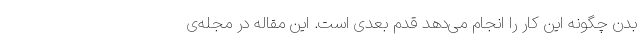
بدن چگونه این کار را انجام می‌دهد قدم بعدی است. این مقاله در مجله‌ی